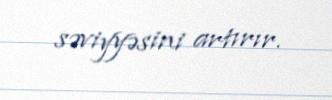
səviyyəsini artırır.